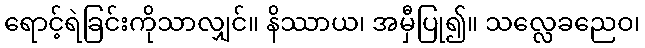
ရောင့်ရဲခြင်းကိုသာလျှင်။ နိဿာယ၊ အမှီပြု၍။ သလ္လေခညေဝ၊